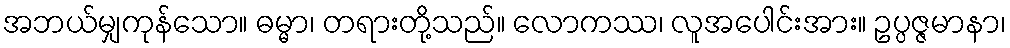
အဘယ်မျှကုန်သော။ ဓမ္မာ၊ တရားတို့သည်။ လောကဿ၊ လူအပေါင်းအား။ ဥပ္ပဇ္ဇမာနာ၊